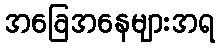
အခြေအနေများအရ